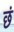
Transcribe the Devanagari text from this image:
छं